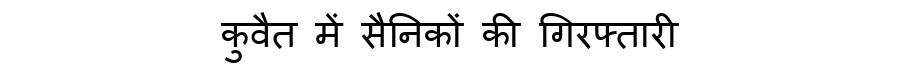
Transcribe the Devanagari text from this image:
कुवैत में सैनिकों की गिरफ्तारी